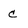
Character: c